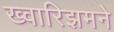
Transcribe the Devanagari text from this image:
ख्वारिझमने